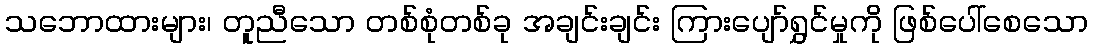
သဘောထားများ၊ တူညီသော တစ်စုံတစ်ခု အချင်းချင်း ကြားပျော်ရွှင်မှုကို ဖြစ်ပေါ်စေသော